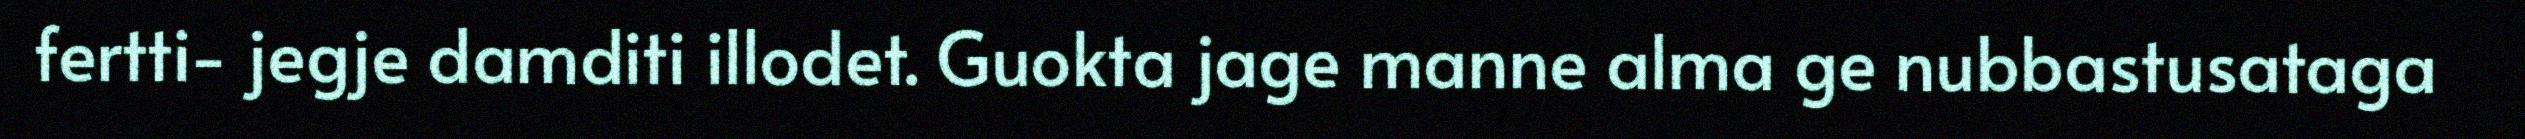
fertti- jegje damditi illodet. Guokta jage manne alma ge nubbastusataga